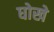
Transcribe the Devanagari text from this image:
घोखे